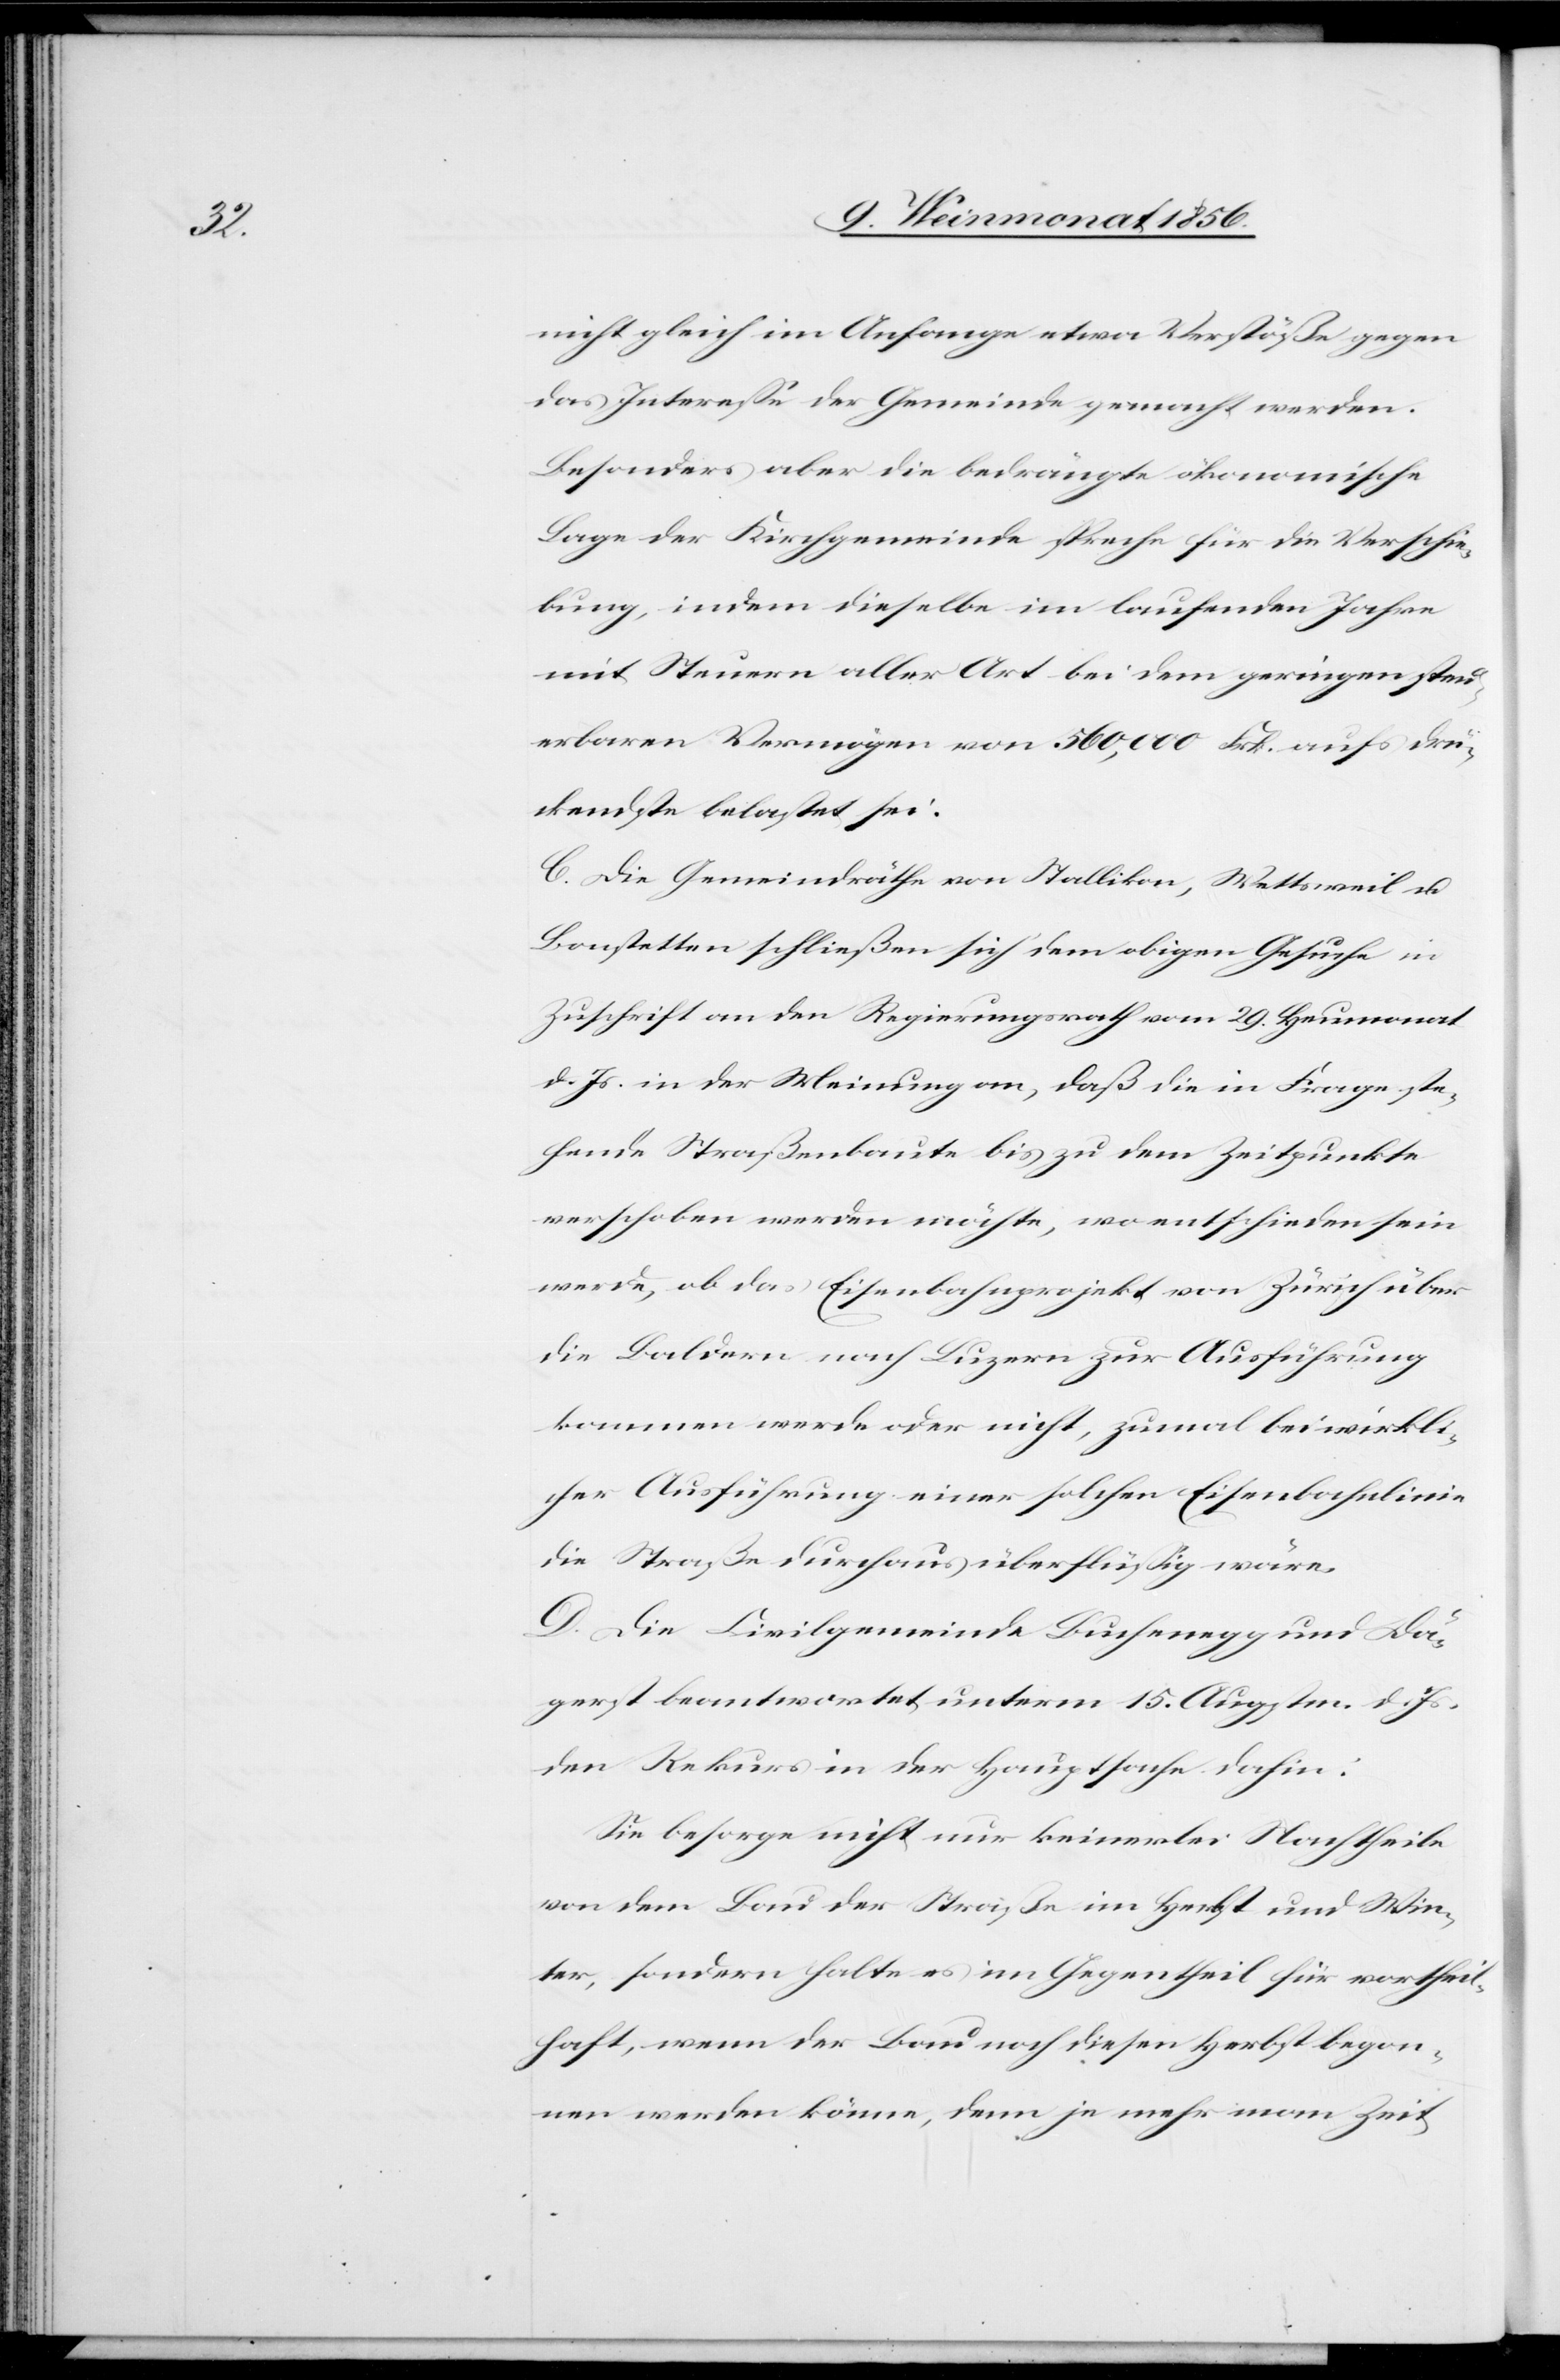
nicht gleich im Anfange etwa Verstöße gegen
das Interesse der Gemeinde gemacht werden.
Besonders aber die bedrängte ökonomische
Lage der Kirchgemeinde spreche für die Verschie¬
bung, indem dieselbe im laufenden Jahre
mit Steuern aller Art bei dem geringen steu¬
erbaren Vermögen von 560,000 Frk. aufs drü¬
ckendste belastet sei.
C. Die Gemeindräthe von Stallikon, Wettsweil u.
Bonstetten schließen sich dem obigen Gesuche in
Zuschrift an den Regierungsrath vom 29. Heumonat
d. Js in der Meinung an, daß die in Frage ste¬
hende Straßenbaute bis zu dem Zeitpunkte
verschoben werden möchte, wo entschieden sein
werde, ob das Eisenbahnprojekt von Zürich über
die Baldern nach Luzern zur Ausführung
kommen werde oder nicht, zumal bei wirkli¬
cher Ausführung einer solchen Eisenbahnlinie
die Straße durchaus überflüssig wäre.
D. Die Civilgemeinde Buchenegg und Dä¬
gerst beantwortet unterm 15. Augstm. d. Js.
den Rekurs in der Hauptsache dahin:
Sie besorge nicht nur keinerlei Nachtheile
von dem Bau der Straße im Herbst und Win¬
ter, sondern halte es im Gegentheil für vortheil¬
haft, wenn der Bau noch diesen Herbst begon¬
nen werden könne, denn je mehr man Zeit